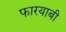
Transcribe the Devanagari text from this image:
फारयाबी